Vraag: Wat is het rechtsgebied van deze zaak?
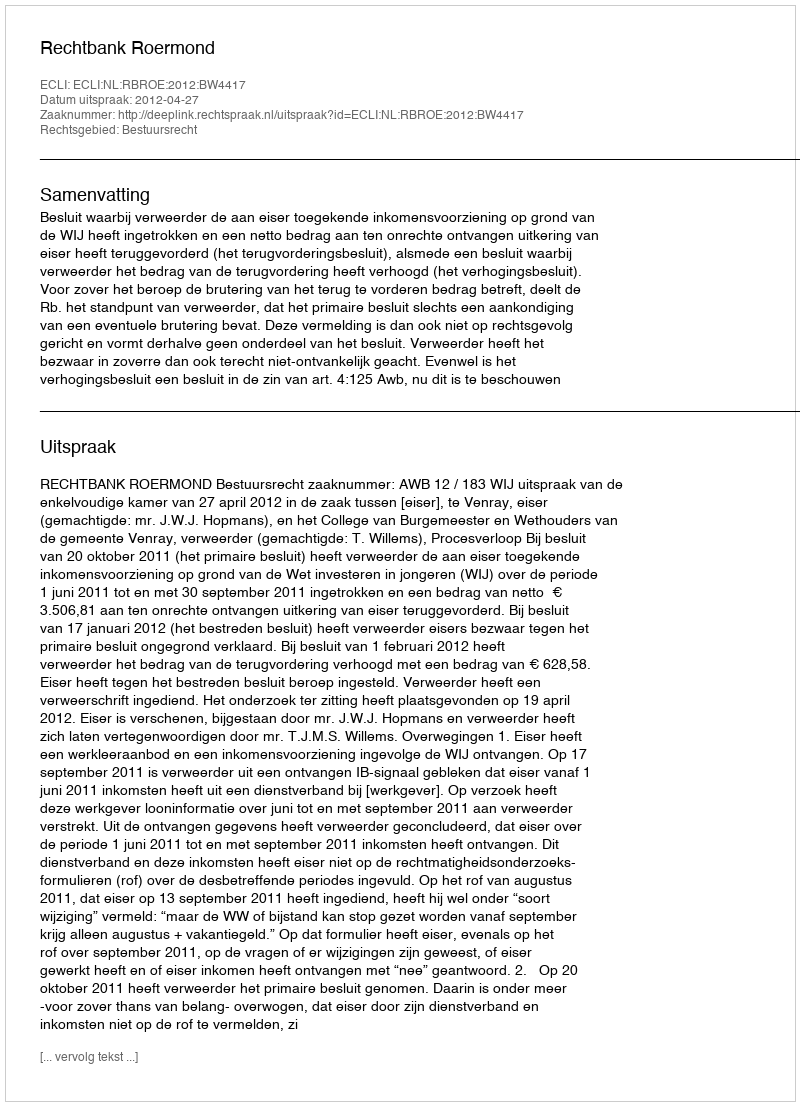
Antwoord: Bestuursrecht